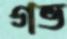
গভ